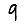
Digit: 9